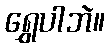
ရွှေပါဘဲ။